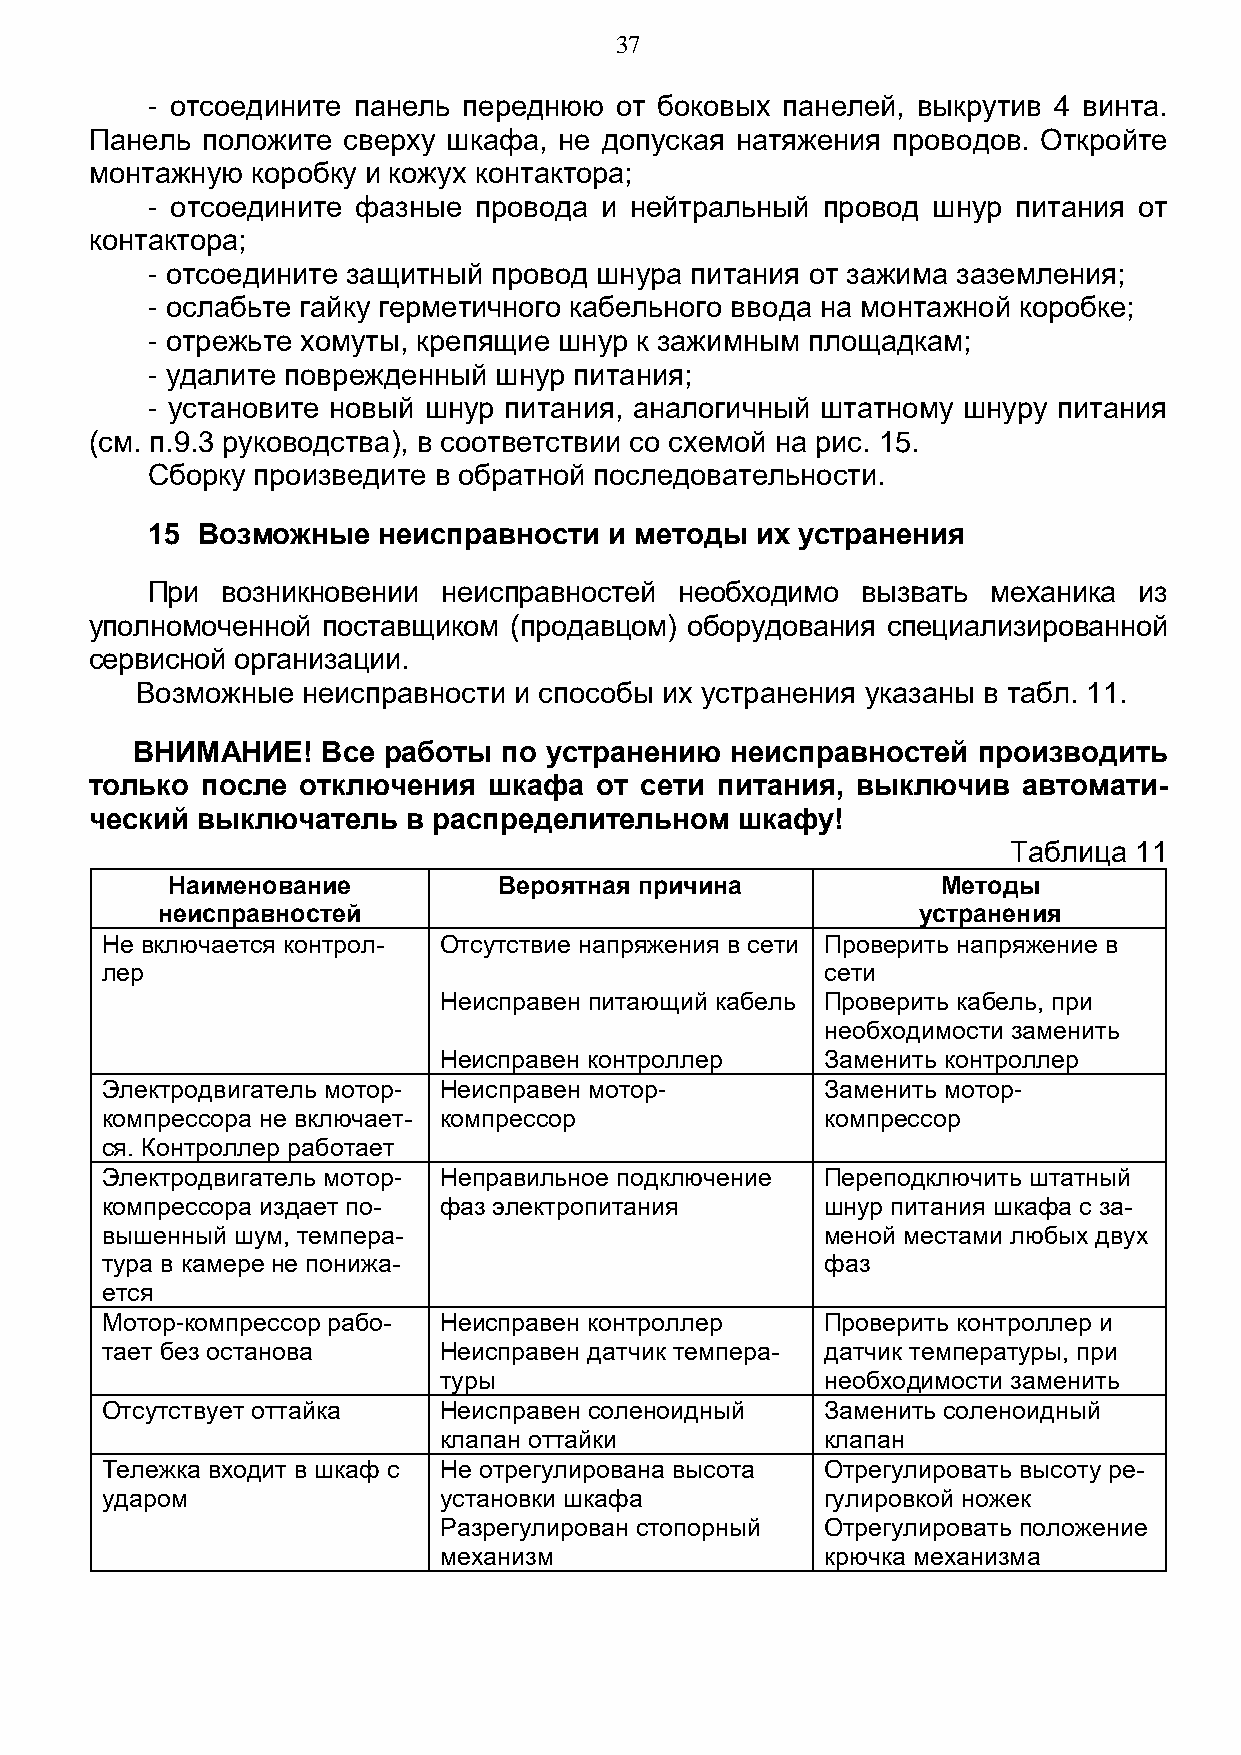
37
 - отсоедините панель переднюю  от боковых панелей, выкрутив 4 винта.
 Панель положите  сверху шкафа, не допуская натяжения проводов. Откройте
 монтажную  коробку и кожух контактора;
 - отсоедините фазные провода  и нейтральный провод  шнур питания от
 контактора;
 - отсоедините защитный провод шнура питания от зажима заземления;
 - ослабьте гайку герметичного кабельного ввода на монтажной коробке;
 - отрежьте хомуты, крепящие шнур к зажимным площадкам;
 - удалите поврежденный шнур питания;
 - установите новый шнур питания, аналогичный штатному шнуру питания
 (см. п.9.3 руководства), в соответствии со схемой на рис. 15.
 Сборку произведите в обратной последовательности.
 15 Возможные   неисправности  и методы  их устранения
 При  возникновении неисправностей  необходимо  вызвать  механика из
 уполномоченной поставщиком  (продавцом) оборудования специализированной
 сервисной организации.
 Возможные  неисправности и способы их устранения указаны в табл. 11.
 ВНИМАНИЕ!   Все работы  по устранению  неисправностей   производить
 только после  отключения  шкафа  от сети питания,  выключив   автомати-
 ческий выключатель   в распределительном   шкафу!
 Таблица 11
 Наименование          Вероятная причина            Методы
 неисправностей                                     устранения
 Не включается контрол- Отсутствие напряжения в сети Проверить напряжение в
 лер                                             сети
 Неисправен питающий кабель Проверить кабель, при
 необходимости заменить
 Неисправен контроллер     Заменить контроллер
 Электродвигатель мотор- Неисправен мотор-       Заменить мотор-
 компрессора не включает- компрессор             компрессор
 ся. Контроллер работает
 Электродвигатель мотор- Неправильное подключение Переподключить штатный
 компрессора издает по- фаз электропитания       шнур питания шкафа с за-
 вышенный шум, темпера-                          меной местами любых двух
 тура в камере не понижа-                        фаз
 ется
 Мотор-компрессор рабо- Неисправен контроллер    Проверить контроллер и
 тает без останова     Неисправен датчик темпера- датчик температуры, при
 туры                      необходимости заменить
 Отсутствует оттайка   Неисправен соленоидный    Заменить соленоидный
 клапан оттайки            клапан
 Тележка входит в шкаф с Не отрегулирована высота Отрегулировать высоту ре-
 ударом                установки шкафа           гулировкой ножек
 Разрегулирован стопорный  Отрегулировать положение
 механизм                  крючка механизма